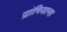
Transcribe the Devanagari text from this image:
द्रांगियाना